Vaccination United Provinces of Agra and Oudh 1902-1913 - 1902-1913
Year: 1902
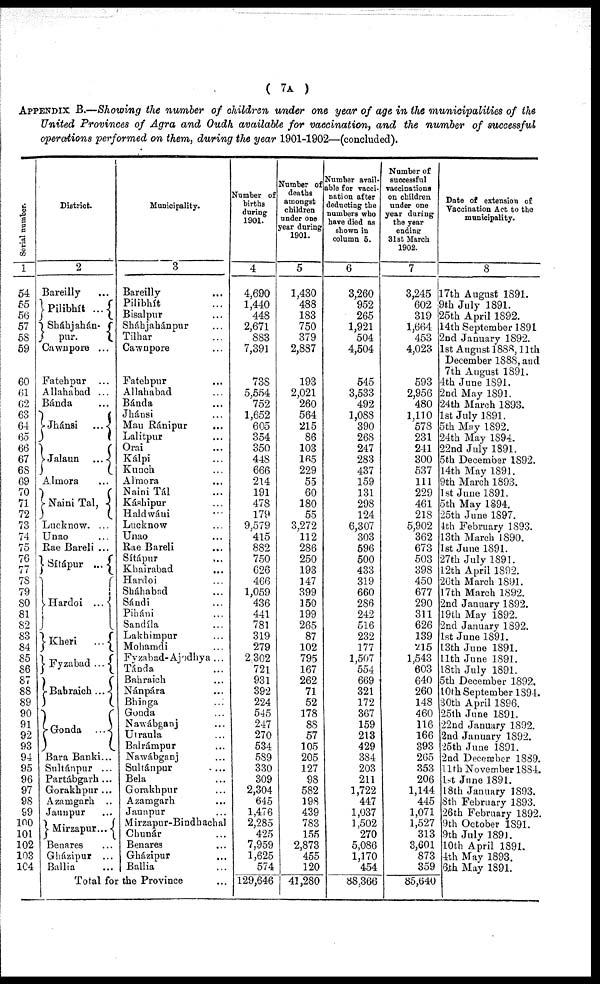
( 7A )
APPENDIX B.—Showing the number of children under one year of age in the municipalities of the
United Provinces of Agra and Oudh available for vaccination, and the number of successful
operations performed on them, during the year 1901-1902—(concluded).
Serial number.
1
54
55
56
57
58
59
60
61
62
63
64
65
66
67
68
69
70
71
72
73
74
75
76
77
73
79
80
81
82
83
84
85
86
87
88
89
90
91
92
93
94
95
96
97
98
99
100
101
102
103
104
District.
2
Bareilly ...
Pilibhít ...
Sháhjahán-
pur.
Cawnpore ...
Fatehpur ...
Allahabad ...
Bánda ...
Jhánsi
...
Jalaun
...
Almora ...
Naini Tal,
Lucknow. ...
Unao ...
Rae Bareli ...
Sítápur ...
Hardoi ...
Kheri
...
Fyzabad
...
Bahraich ...
Gonda
...
Bara Banki...
Sultánpur ...
Partábgarh ...
Gorakhpur ...
Azamgarh ..
Jaunpur ...
Mirzapur ...
Benares ...
Gházipur ...
Ballia ...
Municipality.
3
Bareilly ...
Pilibhít ...
Bisalpur ...
Sháhjahánpur ...
Tilhar ...
Cawnpore ...
Fatehpur ...
Allahabad ...
Bánda ...
Jhánsi ...
Mau Ránipur ...
Lalitpur ...
Orai ...
Kálpi ...
Kunch ...
Almora ...
Naini Tál ...
Káshipur ...
Haldwáni ...
Lucknow ...
Unao ...
Rae Bareli ...
Sítápur ...
Khairabad ...
Hardoi ...
Sháhabad ...
Sándi ...
Piháni ...
Sandíla ...
Lakhimpur ...
Mohamdi ...
Fyzabad-Ajodhya ...
Tánda ...
Bahraich ...
Nánpára ...
Bhinga
...
Gonda ...
Nawábganj ...
Utraula ...
Balrámpur ...
Nawábganj ...
Sultánpur
...
Bela ...
Gorakhpur ...
Azamgarh ...
Jaunpur ...
Mirzapur-Bindhachal
Chunár ...
Benares ...
Gházipur ...
Ballia ...
Total for the Province ...
Number of
births
during
1901.
4
4,690
1,440
448
2,671
883
7,391
738
5,554
752
1,652
605
354
350
448
666
214
191
478
179
9,579
415
882
750
626
466
1,059
436
441
781
319
279
2,302
721
931
392
224
545
247
270
534
589
330
309
2,304
645
1,476
2,285
425
7,959
1,625
574
129,646
Number of
deaths
amongst
children
under one
year during
1901.
5
1,430
488
183
750
379
2,887
193
2,021
260
564
215
86
103
165
229
55
60
180
55
3,272
112
286
250
193
147
399
150
199
265
87
102
795
167
262
71
52
178
88
57
105
205
127
98
582
198
439
783
155
2,873
455
120
41,280
Number avail-
able for vacci-
nation after
deducting the
numbers who
have died as
shown in
column 5.
6
3,260
952
265
1,921
504
4,504
545
3,533
492
1,088
390
268
247
283
437
159
131
298
124
6,307
303
596
500
433
319
660
286
242
516
232
177
1,507
554
669
321
172
367
159
213
429
384
203
211
1,722
447
1,037
1,502
270
5,086
1,170
454
88,366
Number of
successful
vaccinations
on children
under one
year during
the year
ending
31st March
1902.
7
3,245
602
319
1,664
453
4,023
593
2,956
480
1,110
578
231
241
300
537
111
229
461
218
5,902
362
673
503
398
450
677
290
311
626
139
215
1,543
603
640
260
148
460
116
166
393
265
353
206
1,144
445
1,071
1,527
313
3,601
873
359
85,640
Date of extension of
Vaccination Act to the
municipality.
8
17th August 1891.
9th July 1891.
25th April 1892.
14th September 1891
2nd January 1892.
1st August 1888, 11th
December 1888, and
7th August 1891.
4th June 1891.
2nd May 1891.
24th March 1893.
1st July 1891.
5th May 1892.
24th May 1894.
22nd July 1891.
5th December 1892.
14th May 1891.
9th March 1893.
1st June 1891.
5th May 1894.
25th June 1897.
4th February 1893.
13th March 1890.
1st June 1891.
27th July 1891.
12th April 1892.
26th March 1891.
17th March 1892.
2nd January 1892.
19th May 1892.
2nd January 1892.
1st June 1891.
13th June 1891.
11th June 1891.
18th July 1891.
5th December 1892.
10th September 1894.
30th April 1896.
25th June 1891.
22nd January 1892.
2nd January 1892.
25th June 1891.
2nd December 1889.
11th November 1884.
1st June 1891.
18th January 1893.
8th February 1893.
26th February 1892.
9th October 1891.
9th July 1891.
10th April 1891.
4th May 1893.
6th May 1891.